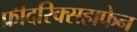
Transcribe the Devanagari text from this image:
फ्रीदरिक्सहाफेन